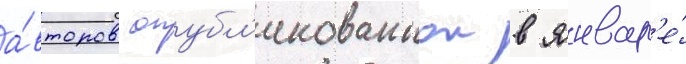
а́второв опубл'икованнои в январ'е́